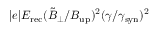
| e | E _ { \mathrm { r e c } } ( \tilde { B } _ { \perp } / B _ { \mathrm { u p } } ) ^ { 2 } ( \gamma / \gamma _ { \mathrm { s y n } } ) ^ { 2 }